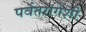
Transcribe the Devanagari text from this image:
पर्वतरांगेशी